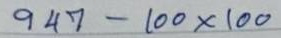
947 - 10x100